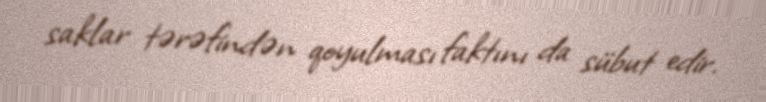
saklar tərəfindən qoyulması faktını da sübut edir.